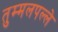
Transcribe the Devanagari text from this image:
तुम्मलपल्ले